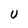
Character: U